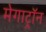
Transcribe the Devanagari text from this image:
मेगाट्रॉन